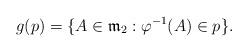
LaTeX: \begin{align*}g(p)=\{A\in \mathfrak{m}_2: \varphi^{-1}(A)\in p \}.\end{align*}